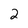
Character: 2